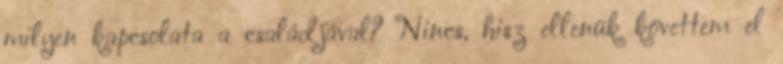
milyen kapcsolata a családjával? Nincs, hisz ellenük követtem el